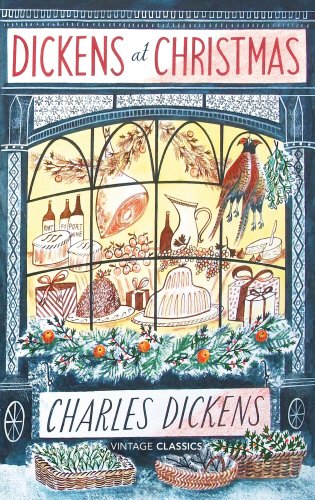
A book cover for Dickens at Christmas (Vintage Classics); Charles Dickens; Literature & Fiction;